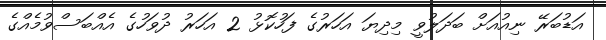
އަޑުބަރޭ ނިއުއަށް ބަދަލުވީ މިދިޔަ އަހަރުގެ ފަހުކޮޅު 2 އަހަރު ދުވަހުގެ އެއްބަސްވުމެއްގެ